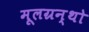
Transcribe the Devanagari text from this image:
मूलग्रन्थो